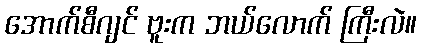
အောက်စီဂျင် ဗူးက ဘယ်လောက် ကြီးလဲ။